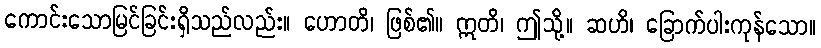
ကောင်းသောမြင်ခြင်းရှိသည်လည်း။ ဟောတိ၊ ဖြစ်၏။ ဣတိ၊ ဤသို့။ ဆဟိ၊ ခြောက်ပါးကုန်သော။